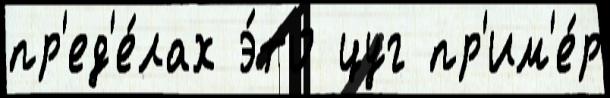
пр'ед'е́лах э́то цуг пр'им'е́р